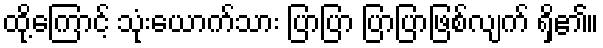
ထို့ကြောင့် သုံးယောက်သား ပြာပြာ ပြာပြာဖြစ်လျက် ရှိ၏။